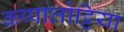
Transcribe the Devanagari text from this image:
कप्पालोट्टिया